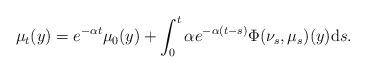
LaTeX: \begin{align*}\mu_t(y) = e^{-\alpha t}\mu_0(y) + \int_0^t \alpha e^{-\alpha (t-s)} \Phi(\nu_s, \mu_s)(y) \mathrm{d}s.\end{align*}